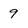
Character: 9